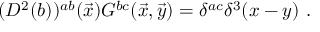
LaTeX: ( D ^ { 2 } ( b ) ) ^ { a b } ( { \vec { x } } ) G ^ { b c } ( \vec { x } , \vec { y } ) = \delta ^ { a c } \delta ^ { 3 } ( x - y ) ~ .